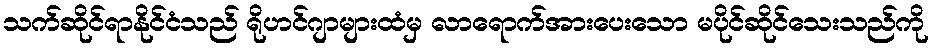
သက်ဆိုင်ရာနိုင်ငံသည် ရိုဟင်ဂျာများထံမှ လာရောက်အားပေးသော မပိုင်ဆိုင်သေးသည်ကို